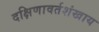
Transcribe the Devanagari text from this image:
दक्षिणावर्तशंखाय